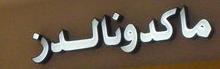
ماكدونالدز